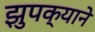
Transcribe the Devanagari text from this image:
झुपक्याने